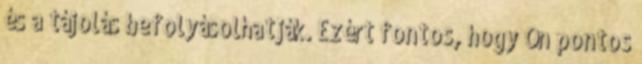
és a tájolás befolyásolhatják. Ezért fontos, hogy Ön pontos